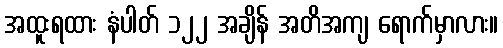
အထူးရထား နံပါတ် ၁၂၂ အချိန် အတိအကျ ရောက်မှာလား။